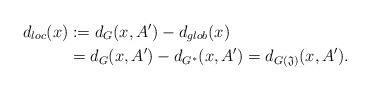
LaTeX: \begin{align*}d_{loc}(x) & :=d_G(x,A')-d_{glob}(x)\\& =d_G(x,A')-d_{G^*}(x,A')=d_{G(\mathfrak{J})}(x,A').\end{align*}